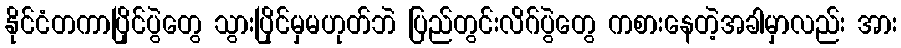
နိုင်ငံတကာပြိုင်ပွဲတွေ သွားပြိုင်မှမဟုတ်ဘဲ ပြည်တွင်းလိဂ်ပွဲတွေ ကစားနေတဲ့အခါမှာလည်း အား